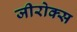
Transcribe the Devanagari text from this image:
जीरोक्स